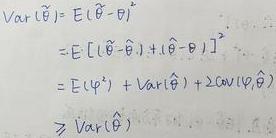
\[
\begin{align*}
Var(\tilde{\theta})&=E(\tilde{\theta}-\theta)^2\\
&=E[(\tilde{\theta}-\hat{\theta})+(\hat{\theta}-\theta)]^2\\
&=E(\psi^2)+Var(\hat{\theta}) + 2Cov(\psi,\hat{\theta})\\
&\geq Var(\hat{\theta})
\end{align*}
\]